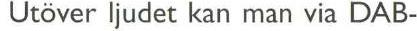
Utöver ljudet kan man via DAB-